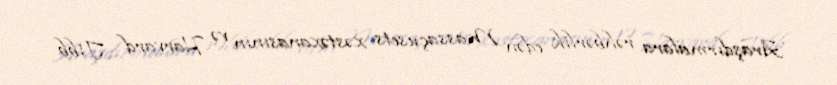
Araşdırmalara rəhbərlik edən Massaçusets xəstəxanasının və Harvard Tibb